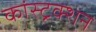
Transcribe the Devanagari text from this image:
कांस्ट्रक्शन